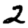
Digit: 2